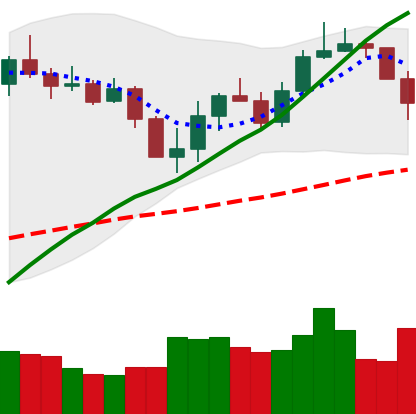
Ticker: LINK-USD
Chart end date: 2020-03-08
Forward return: -40.799%
Label: down_7plus